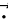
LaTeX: \vec{\cdot}